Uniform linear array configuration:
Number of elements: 8
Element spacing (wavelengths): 1
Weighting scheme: cosine
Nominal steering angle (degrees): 30
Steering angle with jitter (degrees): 30.422
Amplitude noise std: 0.05
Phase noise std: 0.05

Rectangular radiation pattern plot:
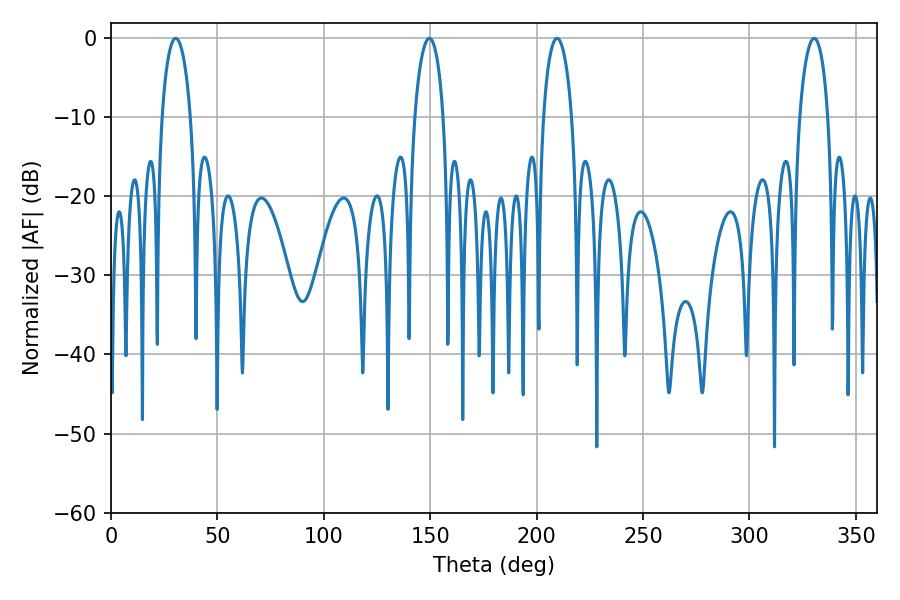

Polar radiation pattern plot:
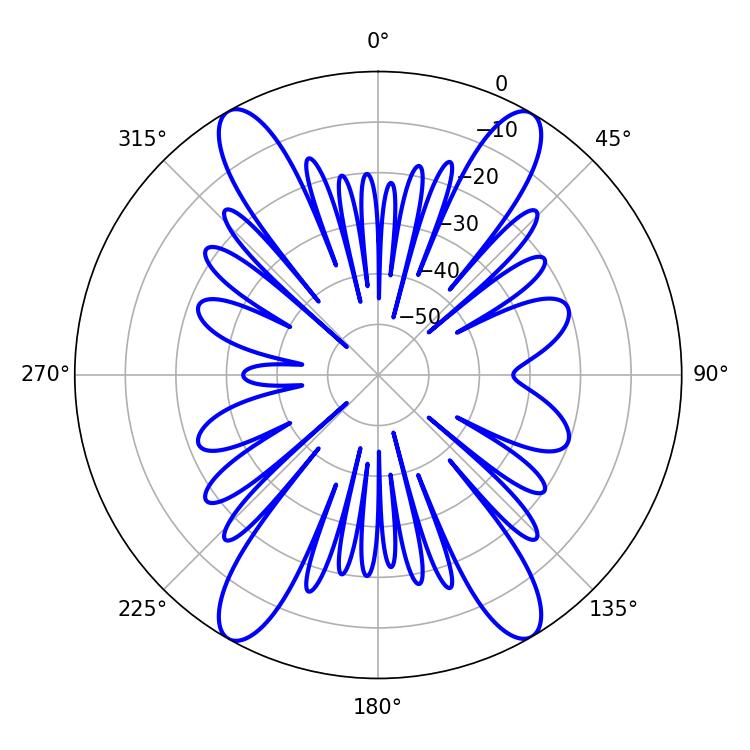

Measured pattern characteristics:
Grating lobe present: TRUE
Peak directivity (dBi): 25.259
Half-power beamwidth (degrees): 7.74
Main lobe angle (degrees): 30.42